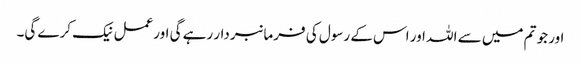
اور جو تم میں سے اللہ اور اس کے رسول کی فرمانبردار رہے گی اورعمل نیک کرے گی۔